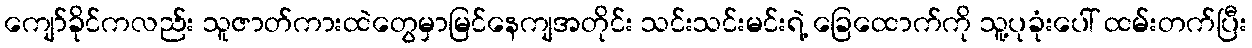
ကျော်ခိုင်ကလည်း သူဇာတ်ကားထဲတွေမှာမြင်နေကျအတိုင်း သင်းသင်းမင်းရဲ့ ခြေထောက်ကို သူ့ပုခုံးပေါ် ထမ်းတက်ပြီး